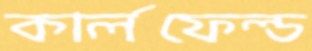
কার্লফেল্ড